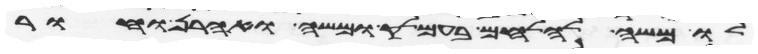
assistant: לו משה להלחם בעמלק ומשה ואהרן וחור